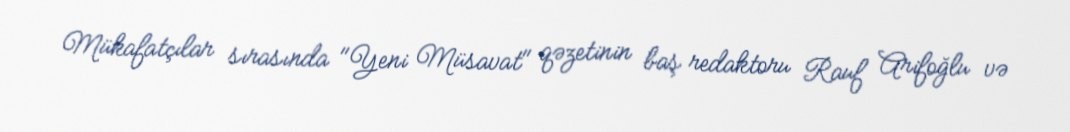
Mükafatçılar sırasında "Yeni Müsavat" qəzetinin baş redaktoru Rauf Arifoğlu və